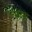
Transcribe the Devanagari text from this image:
जगमशहुर